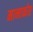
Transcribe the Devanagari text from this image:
मानाकोर